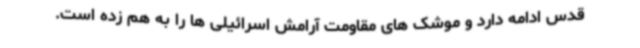
قدس ادامه دارد و موشک های مقاومت آرامش اسرائیلی ها را به هم زده است.